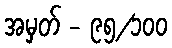
အမှတ် - ၉၅/၁၀၀